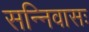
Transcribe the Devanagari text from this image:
सन्निवासः